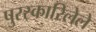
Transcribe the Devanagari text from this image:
पुरस्कारिलेले